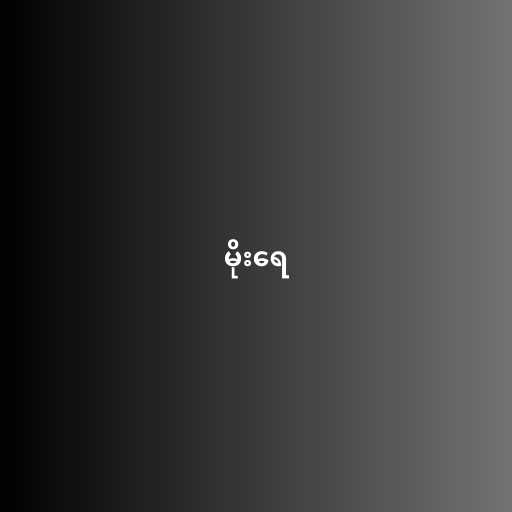
မိုးရေ